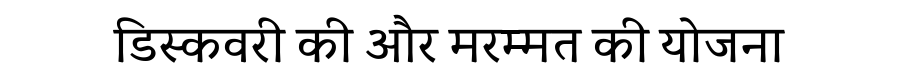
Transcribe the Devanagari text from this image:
डिस्कवरी की और मरम्मत की योजना